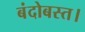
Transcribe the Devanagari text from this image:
बंदोबस्त।